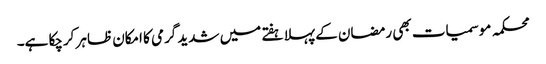
محکمہ موسمیات بھی رمضان کے پہلا ہفتے میں شدید گرمی کا امکان ظاہر کرچکا ہے۔